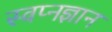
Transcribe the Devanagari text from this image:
स्वप्नज्ञान